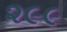
૨૯૯